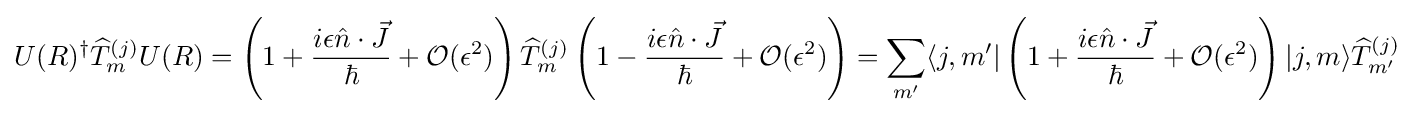
U(R)^{\dagger }{\widehat {T}}_{m}^{(j)}U(R)=\left(1+{\frac {i\epsilon {\hat {n}}\cdot {\vec {J}}}{\hbar }}+{\mathcal {O}}(\epsilon ^{2})\right){\widehat {T}}_{m}^{(j)}\left(1-{\frac {i\epsilon {\hat {n}}\cdot {\vec {J}}}{\hbar }}+{\mathcal {O}}(\epsilon ^{2})\right)=\sum _{m'}\langle j,m'|\left(1+{\frac {i\epsilon {\hat {n}}\cdot {\vec {J}}}{\hbar }}+{\mathcal {O}}(\epsilon ^{2})\right)|j,m\rangle {\widehat {T}}_{m'}^{(j)}